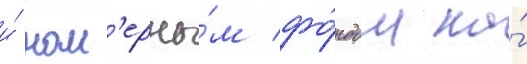
и́ ном'ерны́м фо́ндом на́